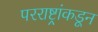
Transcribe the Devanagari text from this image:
परराष्ट्रांकडून